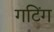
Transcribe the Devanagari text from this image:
गटिंग